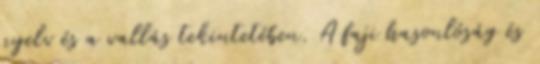
nyelv és a vallás tekintetében. A faji hasonlóság és